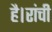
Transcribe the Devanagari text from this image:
है।रांची